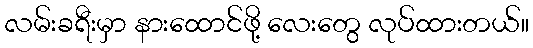
လမ်းခရီးမှာ နားထောင်ဖို့ လေးတွေ လုပ်ထားတယ်။